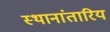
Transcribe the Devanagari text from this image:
स्थानांतारिय